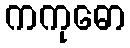
ကကုဓော